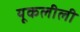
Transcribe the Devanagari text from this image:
यूकलीली